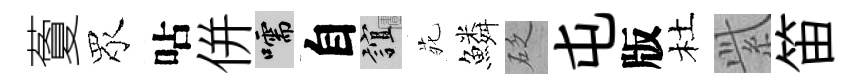
藑眾呫併嚅自誼𫟍鱗砭屯版杜𬗋笛